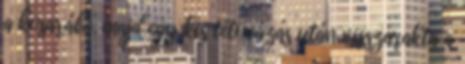
a kosarába, majd egy kis tétovázás után visszarakta a